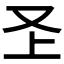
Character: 𭆦